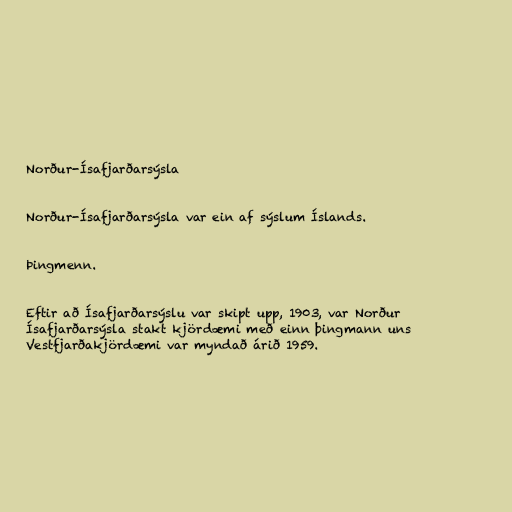
Norður-Ísafjarðarsýsla

Norður-Ísafjarðarsýsla var ein af sýslum Íslands.

Þingmenn.

Eftir að Ísafjarðarsýslu var skipt upp, 1903, var Norður
Ísafjarðarsýsla stakt kjördæmi með einn þingmann uns
Vestfjarðakjördæmi var myndað árið 1959.